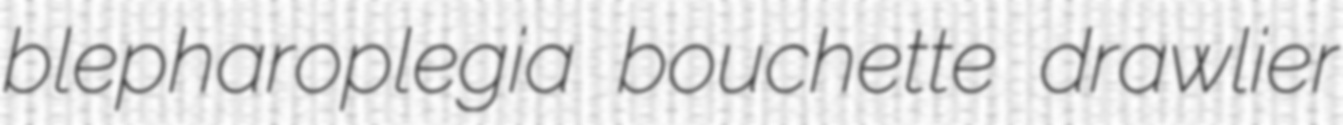
blepharoplegia bouchette drawlier